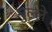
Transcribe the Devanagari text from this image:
गुल्ले